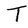
Character: T